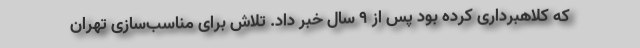
که کلاهبرداری کرده بود پس از ٩ سال خبر داد. تلاش برای مناسب‌سازی تهران